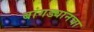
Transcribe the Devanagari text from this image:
बांगड्यानचा